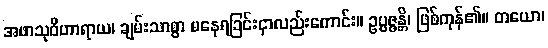
အဖာသုဝိဟာရာယ၊ ချမ်းသာစွာ မနေရခြင်းငှာလည်းကောင်း။ ဥပ္ပဇ္ဇန္တိ၊ ဖြစ်ကုန်၏။ တယော၊